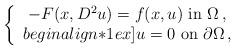
LaTeX: \begin{align*}\left\{\begin{array}{c}-F(x, D^2u)= f(x,u)\hbox{ in } \Omega\, ,\\begin{align*}1ex]u=0 \hbox{ on } \partial \Omega\, ,\end{array}\right.\end{align*}